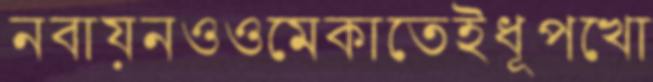
নবায়নওওমেকাতেইধূপখো